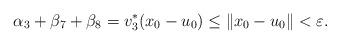
LaTeX: \begin{align*}\alpha _3 + \beta _7 + \beta _8 = v_{3} ^* (x_0- u_0) \le \Vert x_0 - u_0 \Vert <\varepsilon.\end{align*}